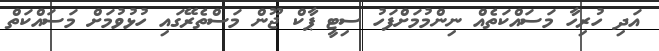
އަދި ހުރިހާ މަސައްކަތެއް ނިންމުމަށްފަހު ސިޓީ ޕާކް ޖޫން މަސްތެރޭގައި ހުޅުވުމަށް މަސައްކަތް